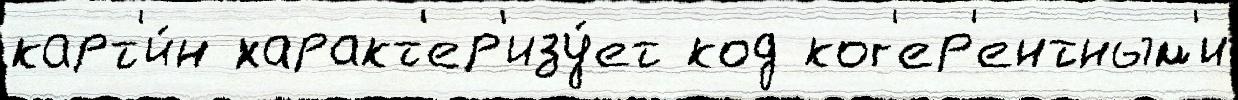
карт'и́н характ'ер'изу́ет код ког'ер'ентным'и